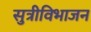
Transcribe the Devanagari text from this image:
सुत्रीविभाजन